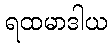
ရထမာဒါယ